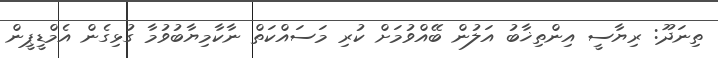
ތިނަދޫ: ރިޔާސީ އިންތިޚާބު އަލުން ބޭއްވުމަށް ކުރި މަސައްކަތް ނާކާމިޔާބުވުމާ ގުޅިގެން އެމްޑީޕީން